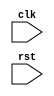
module for_loop_example (
    input wire clk,
    input wire rst
);

reg [3:0] counter;

always @(posedge clk or posedge rst) begin
    if (rst) begin
        counter <= 0;
    end else begin
        for (counter = 0; counter < 10; counter = counter + 1) begin
            // Your statement or code block to be executed within the loop
            // This can be any Verilog code such as assigning values to registers, performing calculations, etc.
        end
    end
end

endmodule